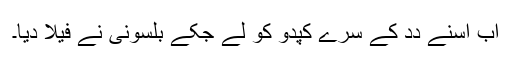
اَب اُسنے دِدِ کے سرے کپدو کو لے جکے بلسونی نے فیلا دِیا۔